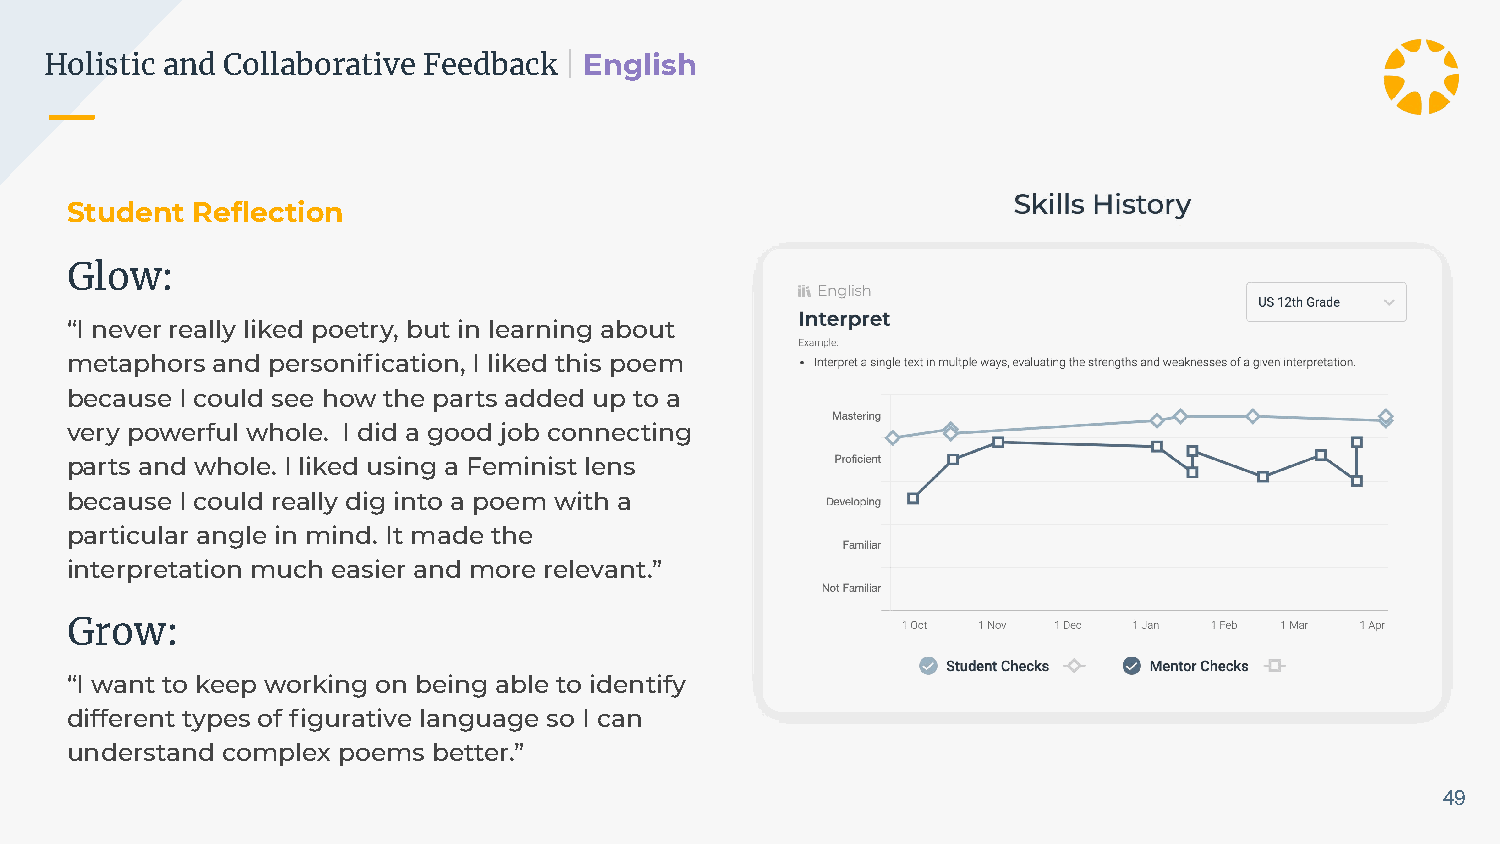
Holistic and Collaborative Feedback | English
 Student  Reflection
 Glow:
 “I never really liked poetry, but in learning about
 metaphors and personification, I liked this poem
 because I could see how the parts added up to a
 very powerful whole. I did a good job connecting
 parts and whole. I liked using a Feminist lens
 because I could really dig into a poem with a
 particular angle in mind. It made the
 interpretation much easier and more relevant.”
 Grow:
 “I want to keep working on being able to identify
 different types of figurative language so I can
 understand complex poems better.”
 49